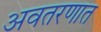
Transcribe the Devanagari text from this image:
अवतरणात